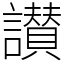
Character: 讃